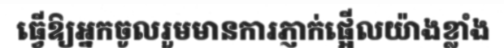
ធ្វើឱ្យអ្នកចូលរួមមានការភ្ញាក់ផ្អើលយ៉ាងខ្លាំង